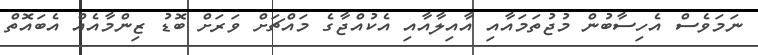
ނަމަވެސް އެހިސާބުން މުޖުތަމައާއި އާއިލާއާއި އެކުއްޖާގެ މައްޗަށް ވަރަށް ބޮޑު ޒިންމާއެއް އެބައޮތް